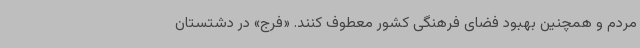
مردم و همچنین بهبود فضای فرهنگی کشور معطوف کنند. «فرج» در دشتستان